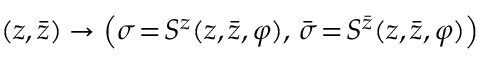
( z , \bar { z } ) \rightarrow \left( \sigma \! = \! S ^ { z } ( z , \bar { z } , \varphi ) , \, \bar { \sigma } \! = \! S ^ { \bar { z } } ( z , \bar { z } , \varphi ) \right)